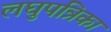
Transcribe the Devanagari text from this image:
लघुपत्रिका